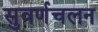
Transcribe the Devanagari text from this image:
सुवर्णचलन